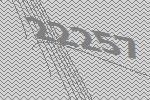
22257